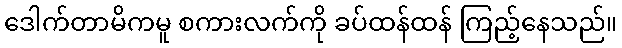
ဒေါက်တာမိကမူ စကားလက်ကို ခပ်ထန်ထန် ကြည့်နေသည်။